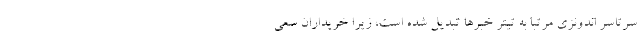
سرتاسر اندونزی مرتبا به تیتر خبرها تبدیل شده است، زیرا خریداران سعی